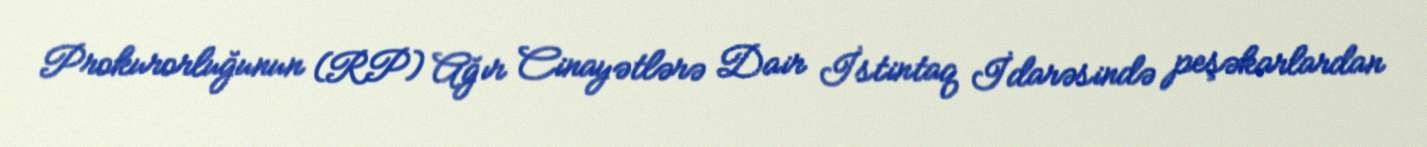
Prokurorluğunun (RP) Ağır Cinayətlərə Dair İstintaq İdarəsində peşəkarlardan